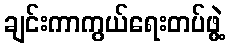
ချင်းကာကွယ်ရေးတပ်ဖွဲ့